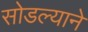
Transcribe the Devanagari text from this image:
सोडल्याने